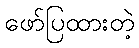
ဖော်ပြထားတဲ့